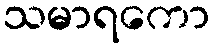
သမာရကော